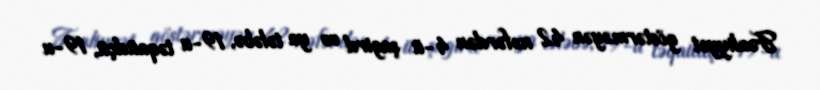
Fəaliyyət göstərməyən 42 nəfərdən 4-ü şagird və ya tələbə, 19-u təqaüdçü, 19-u